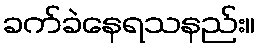
ခက်ခဲနေရသနည်း။